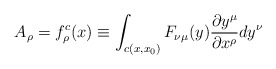
\begin{align*}A_{\rho} = f_{\rho}^{c}(x) \equiv \int_{c(x,x_{0})} F_{\nu\mu}(y)\frac{\partial y^{\mu}}{\partial x^{\rho}} dy^{\nu}\end{align*}